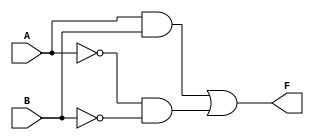
module two_variable_kmap (
    input wire A,  // First input variable
    input wire B,  // Second input variable
    output wire F  // Output variable
);

// Define the output F based on the K-map
assign F = (A & B) | (~A & ~B); // Example: F = A AND B OR NOT A AND NOT B

endmodule